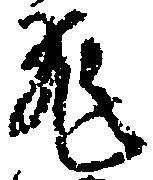
飛